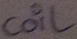
Text: coil